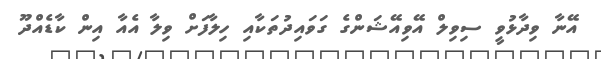
އޭނާ ވިދާޅުވީ ސިވިލް އޭވިއޭޝަންގެ ގަވައިދުތަކާއި ހިލާފަށް ވިލާ އެއާ އިން ކާޑެއްދޫ